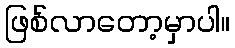
ဖြစ်လာတော့မှာပါ။